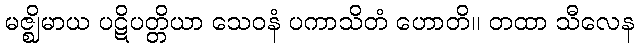
မဇ္ဈိမာယ ပဋိပတ္တိယာ သေဝနံ ပကာသိတံ ဟောတိ။ တထာ သီလေန